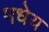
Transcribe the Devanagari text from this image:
मधेय